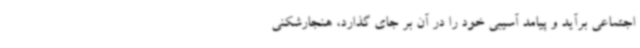
اجتماعی برآید و پیامد آسیبی خود را در آن بر جای گذارد، هنجارشکنی